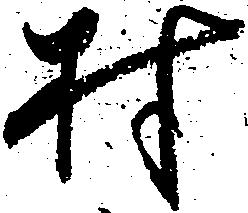
村